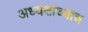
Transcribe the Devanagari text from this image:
अध्यक्षांच्याच